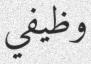
وظيفي